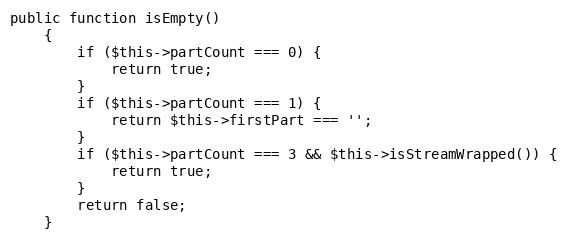
Language: PHP
public function isEmpty()
	{
		if ($this->partCount === 0) {
			return true;
		}
		if ($this->partCount === 1) {
			return $this->firstPart === '';
		}
		if ($this->partCount === 3 && $this->isStreamWrapped()) {
			return true;
		}
		return false;
	}